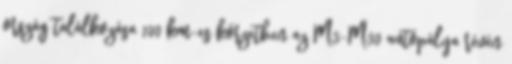
ország találkozása 100 km-es körzetben az M3-M30 autópálya révén